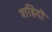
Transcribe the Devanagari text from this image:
शहिदों